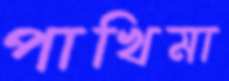
পাখিমা